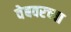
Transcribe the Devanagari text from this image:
वेबवरच्या